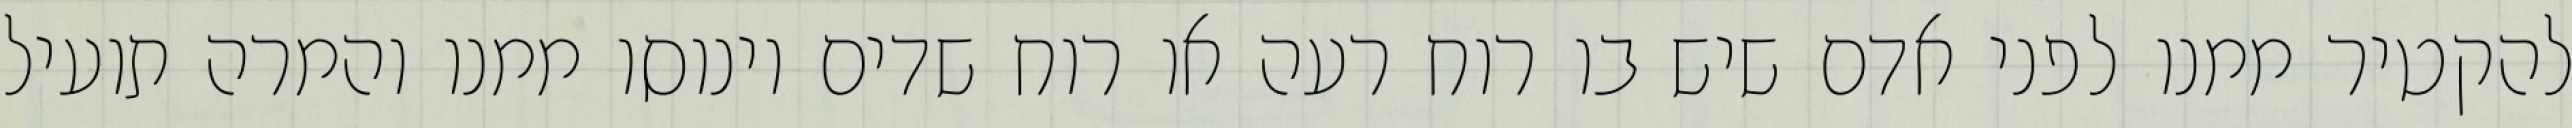
להקטיר ממנו לפני אדם שיש בו רוח רעה או רוח שדים וינוסו ממנו והמרה תועיל